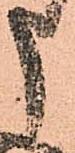
申